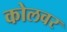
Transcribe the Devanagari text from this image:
कोलवर